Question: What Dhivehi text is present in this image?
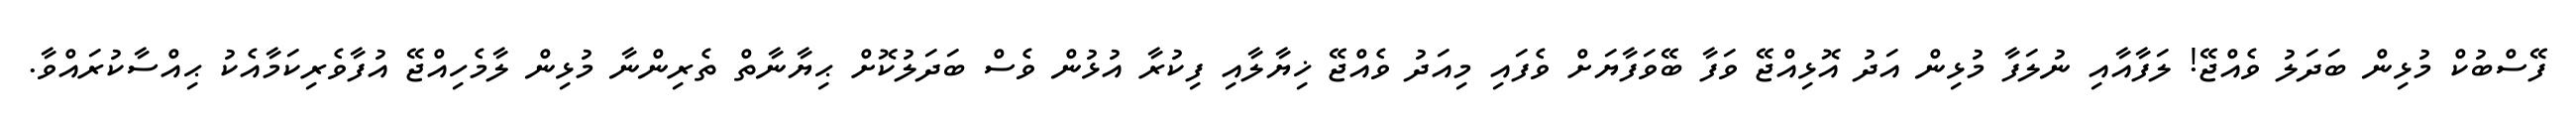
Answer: ފޭސްބުކް މުޅިން ބަދަލު ވެއްޖޭ! ލަފާއާއި ނުލަފާ މުޅިން އަދު އޮޅިއްޖޭ ވަފާ ބޭވަފާޔަށް ވެފައި މިއަދު ވެއްޖޭ ޚިޔާލާއި ފިކުރާ އުޅުން ވެސް ބަދަލުކޮށް ޙިޔާނާތް ތެރިންނާ މުޅިން ލާމެހިއްޖޭ އުފާވެރިކަމާއެކު ޙިއްސާކުރައްވާ.